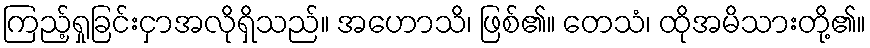
ကြည့်ရှုခြင်းငှာအလိုရှိသည်။ အဟောသိ၊ ဖြစ်၏။ တေသံ၊ ထိုအမိသားတို့၏။